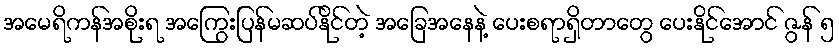
အမေရိကန်အစိုးရ အကြွေးပြန်မဆပ်နိုင်တဲ့ အခြေအနေနဲ့ ပေးစရာရှိတာတွေ ပေးနိုင်အောင် ဇွန် ၅